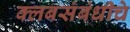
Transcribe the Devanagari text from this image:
क्लबसंबंधीचे